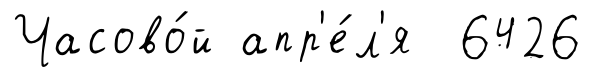
Часово́й апр'е́л'я 6426